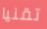
تقنيا